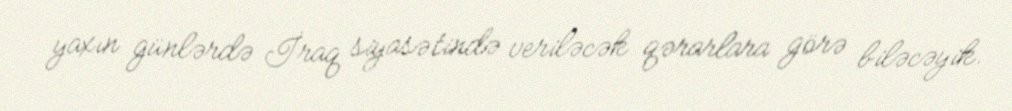
yaxın günlərdə İraq siyasətində veriləcək qərarlara görə biləcəyik.